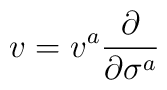
v=v^{a}\frac{\partial }{\partial \sigma ^{a}}